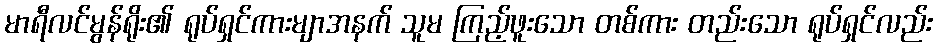
မာရီလင်မွန်ရိုး၏ ရုပ်ရှင်ကားမျာအနက် သူမ ကြည့်ဖူးသော တစ်ကား တည်းသော ရုပ်ရှင်လည်း